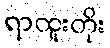
ရာထူးတိုး